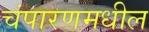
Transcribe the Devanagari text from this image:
चंपारणमधील